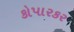
કોપારકર